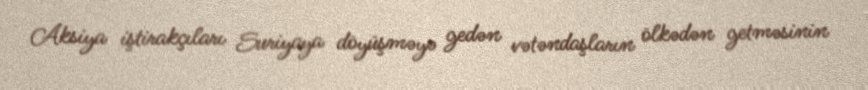
Aksiya iştirakçıları Suriyaya döyüşməyə gedən vətəndaşların ölkədən getməsinin